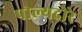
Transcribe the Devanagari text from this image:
पोल्यदोरे